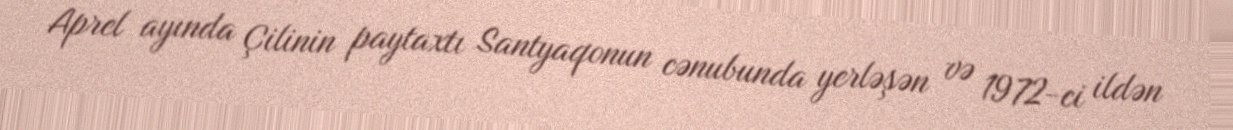
Aprel ayında Çilinin paytaxtı Santyaqonun cənubunda yerləşən və 1972-ci ildən